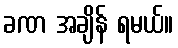
ခဏ အချိန် ရမယ်။